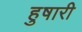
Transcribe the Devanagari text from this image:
हुषारी